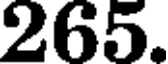
265.